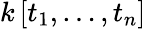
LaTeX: k\left[t_{1},\ldots,t_{n}\right]